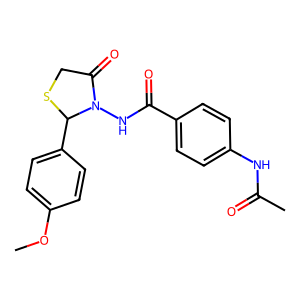
SMILES: COc1ccc(C2SCC(=O)N2NC(=O)c2ccc(NC(C)=O)cc2)cc1
Inhibits HIV replication: No